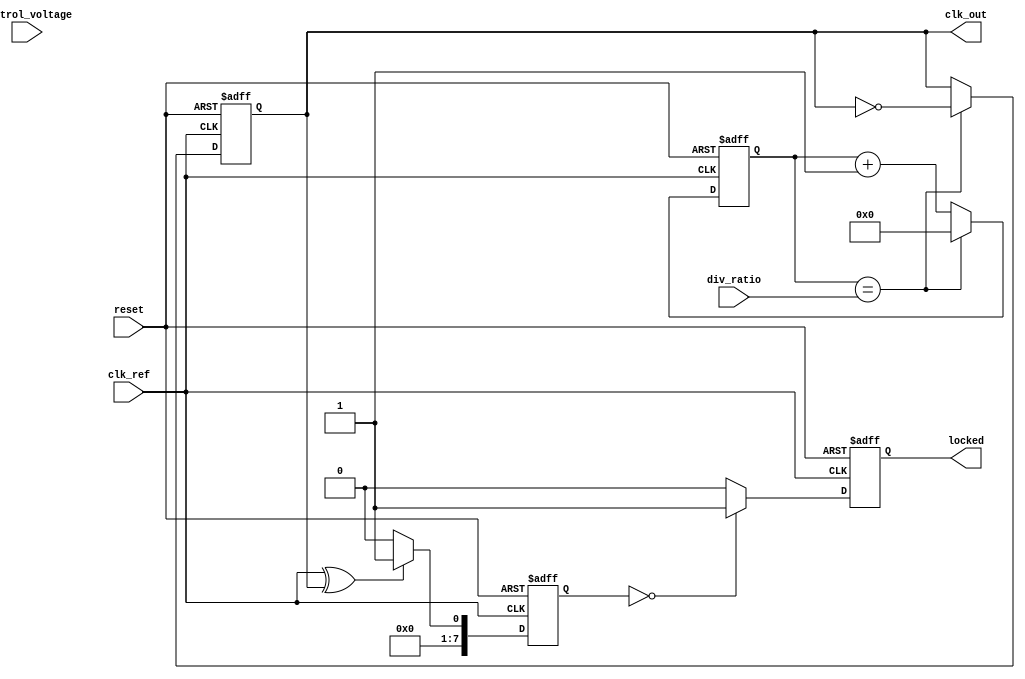
module high_performance_PLL (
    input wire clk_ref,           // Input Reference Clock
    input wire reset,             // Reset signal
    input wire [2:0] div_ratio,   // Programmable Division Ratio
    input wire [7:0] control_voltage, // Control voltage for VCO
    output reg clk_out,           // Output Clock
    output reg locked             // Lock indication
);

    // Internal signals
    reg [7:0] phase_error;        // Phase error signal
    reg [7:0] vco_output;         // VCO output frequency
    reg [7:0] feedback;           // Feedback signal from divider
    reg [7:0] loop_filter_output; // Output of the loop filter
    reg [3:0] divider_count;      // Divider counter

    // Phase Detector (XOR based)
    always @(posedge clk_ref or posedge reset) begin
        if (reset) begin
            phase_error <= 8'b0;
        end else begin
            // Simple phase detector logic (XOR)
            phase_error <= (clk_ref ^ clk_out) ? 8'b1 : 8'b0;
        end
    end

    // Loop Filter (Simple RC filter model)
    always @(posedge clk_ref or posedge reset) begin
        if (reset) begin
            loop_filter_output <= 8'b0;
        end else begin
            // Simple low-pass filter (first-order)
            loop_filter_output <= loop_filter_output + (phase_error >> 1);
        end
    end

    // Voltage-Controlled Oscillator (VCO)
    always @(posedge clk_ref or posedge reset) begin
        if (reset) begin
            vco_output <= 8'b0;
        end else begin
            // Adjust VCO frequency based on control voltage
            vco_output <= control_voltage; // Simplified VCO behavior
        end
    end

    // Feedback Divider
    always @(posedge clk_ref or posedge reset) begin
        if (reset) begin
            divider_count <= 4'b0;
            clk_out <= 1'b0;
        end else begin
            // Simple feedback divider logic
            if (divider_count == div_ratio) begin
                clk_out <= ~clk_out; // Toggle output clock
                divider_count <= 4'b0; // Reset counter
            end else begin
                divider_count <= divider_count + 1;
            end
        end
    end

    // Lock Detection
    always @(posedge clk_ref or posedge reset) begin
        if (reset) begin
            locked <= 1'b0;
        end else begin
            // Simple lock detection logic
            if (phase_error == 8'b0) begin
                locked <= 1'b1; // PLL is locked
            end else begin
                locked <= 1'b0; // PLL is not locked
            end
        end
    end

endmodule